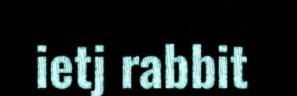
ietj rabbit